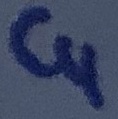
Text: C4